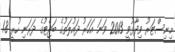
މިނިސްޓަރު ވިދާޅުވީ 2013 ވަނަ އަހަރު ދައުލަތުގެ ބަޖެޓުގެ ދަރަނި ހުރީ 1.8